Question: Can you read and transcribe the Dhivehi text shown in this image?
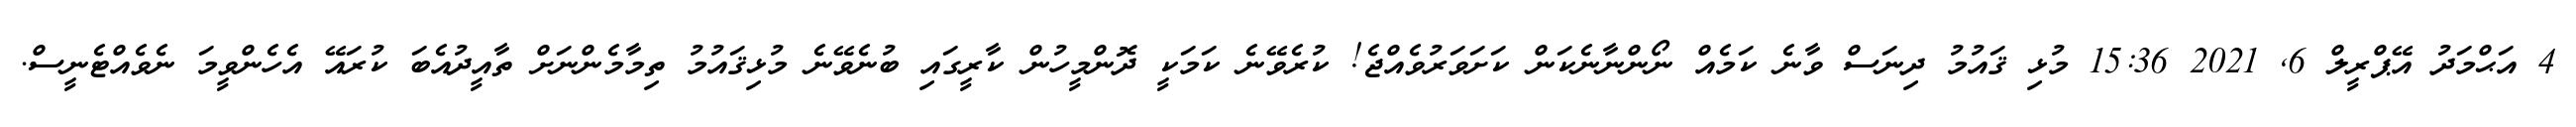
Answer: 4 އަޙްމަދު އޭޕްރީލް 6, 2021 15:36 މުޅި ޤައުމު ދިނަސް ވާނެ ކަމެއް ނޯންނާނެކަން ކަށަވަރުވެއްޖެ! ކުރެވޭނެ ކަމަކީ ދޮންމީހުން ކާރީގައި ބުނެވޭނެ މުޅިޤައުމު ތިމާމެންނަށް ތާއީދުއެބަ ކުރައޭ އެހެންވީމަ ނެވެއްޓެނީސް.